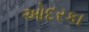
ઓદરકા